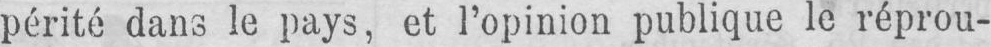
périté dans le pays, et l’opinion publique le réprou-